Memorandum on the precautions to be taken against cholera
Disease focus: Cholera
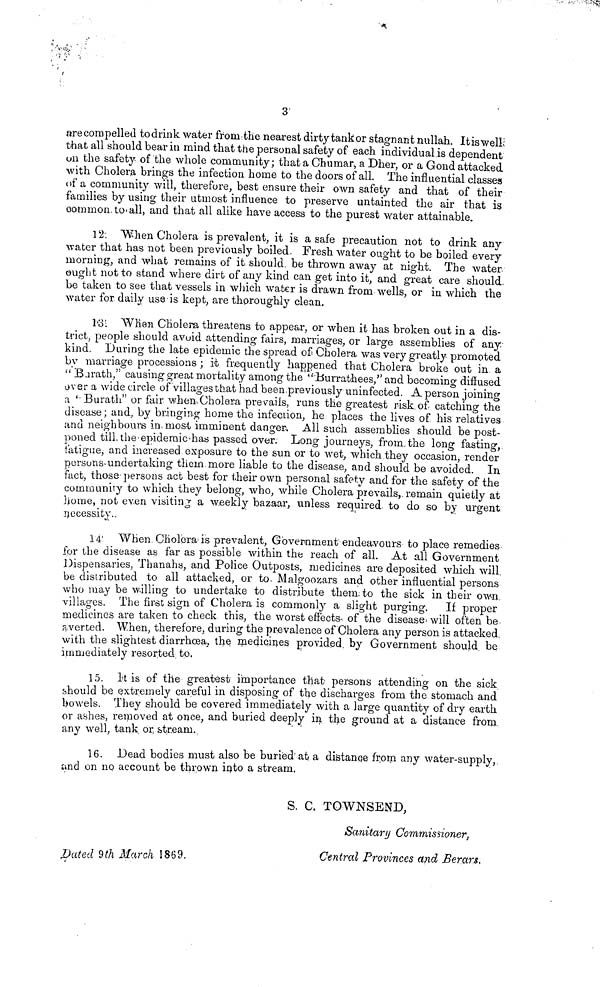
3
are compelled to drink water from the nearest dirty tankor stagnant nullah. It is well
that all should bear in mind that the personal safety of each individual is dependent
un the safety of the whole community; that a Chumar, a Dher, or a Gond attacked
with Cholera brings the infection home to the doors of all. The influential classes
of a community will, therefore, best ensure their own safety and that of their
families by using their utmost influence to preserve untainted the air that is
common, to all, and that all alike have access to the purest water attainable.
12: "When Cholera is prevalent, it is a safe precaution not to drink any
water that has not been previously boiled. Fresh water ought to be boiled every
morning, and what remains of it should, be thrown away at night. The water
ought not to stand where dirt of any kind can get into it, and great care should,
be taken to see that vessels in winch water is drawn from wells, or in which the
water for daily use is kept, are thoroughly clean.
13. When Cholera, threatens to appear, or when it has broken out in a dis-
trict, people should avoid attending fairs, marriages, or large assemblies of any
kind. During the late epidemic the spread of Cholera was very greatly promoted
by marriage processions ; it frequently happened that Cholera broke out in a
" Barath," causing great mortality among the "Burrathees" and becoming diffused
over a wide circle, of villages that had been previously uninfected. A person joining
a ''Barath" or fair when Cholera prevails, runs the greatest risk of catching the
disease; and, by bringing home the infection, he places the lives of his relatives
and neighbours in most imminent danger. All such assemblies should be post-
poned till, the epidemic has passed over. Long journeys, from, the long fasting,
fatigue, and increased exposure to the sun or to wet, which they occasion, render
persons undertaking them more liable to the disease, and should be avoided. In
fact, those persons act best for their own personal safety and for the safety of the
community to which they belong, who, while Cholera prevails, remain quietly at
home, not even visiting a weekly bazaar, unless required to do so by urgent
necessity.
14. When, Cholera is prevalent, Government endeavours to place remedies
for the disease as far as possible within the reach of all. At all Government
Dispensaries, Thanahs, and Police Outposts, medicines are deposited which will,
be distributed to all attacked, or to, Malgoozars and other influential persons
who may be willing to undertake to distribute them, to the sick in their ow-n.
villages. The first sign of Cholera is commonly a slight purging. If proper
medicines are taken to check this, the worst effects of the disease will often be
averted. When, therefore, during the prevalence of Cholera any person is attacked
with the slightest diarrhoea, the medicines provided, by Government should be
immediately resorted to,
15. It is of the greatest importance that persons attending on the sick
should be extremely careful in disposing of the discharges from the stomach and
bowels. They should be covered immediately with a large quantity of dry earth
or ashes, removed at once, and buried deeply in the ground at a distance from,
any well, tank or, stream.
16. Dead bodies must also be buried at a distance from any water-supply,
and on no account be thrown into a stream.
S. C. TOWNSEND,
Dated 9th March 1869.
Sanitary Commissioner,
Central Provinces and Berars,